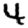
Digit: 4